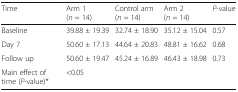
<table><thead><tr><td><b>Time</b></td><td><b>Arm 1(<i>n</i> = 14)</b></td><td><b>Control arm(<i>n</i> = 14)</b></td><td><b>Arm 2(<i>n</i> = 14)</b></td><td><b><i>P</i>-value</b></td></tr></thead><tbody><tr><td>Baseline</td><td>39.88 ± 19.39</td><td>32.74 ± 18.90</td><td>35.12 ± 15.04</td><td>0.57</td></tr><tr><td>Day 7</td><td>50.60 ± 17.13</td><td>44.64 ± 20.83</td><td>48.81 ± 16.62</td><td>0.68</td></tr><tr><td>Follow up</td><td>50.60 ± 19.47</td><td>45.24 ± 16.89</td><td>46.43 ± 18.98</td><td>0.73</td></tr><tr><td>Main effect of time (<i>P</i>-value)*</td><td colspan="3">&lt;0.05</td><td></td></tr></tbody></table>